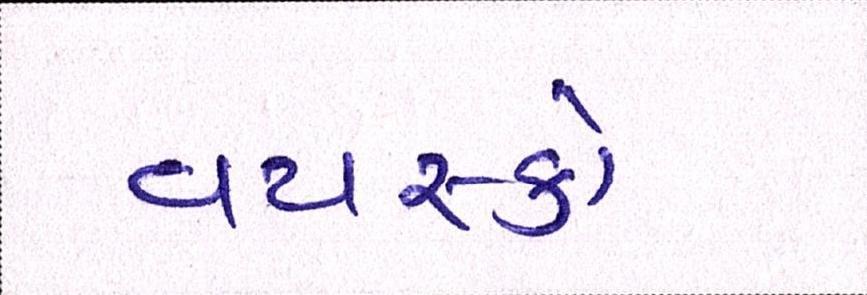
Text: વયસ્કો